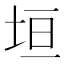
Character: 垣